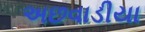
અછવાડીયા